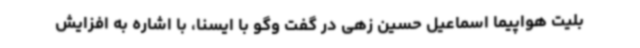
بلیت هواپیما اسماعیل حسین زهی در گفت وگو با ایسنا، با اشاره به افزایش